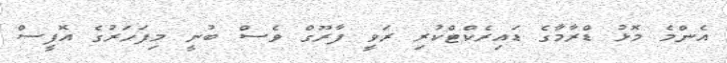
އެންމެ މޮޅު ޑްރާމާގެ ޑައިރެކްޓްކުރި ރަވީ ފާރޫގް ވެސް ބުނީ މިފަހަރުގެ އޮފީސް